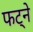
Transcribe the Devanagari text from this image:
फट्ने